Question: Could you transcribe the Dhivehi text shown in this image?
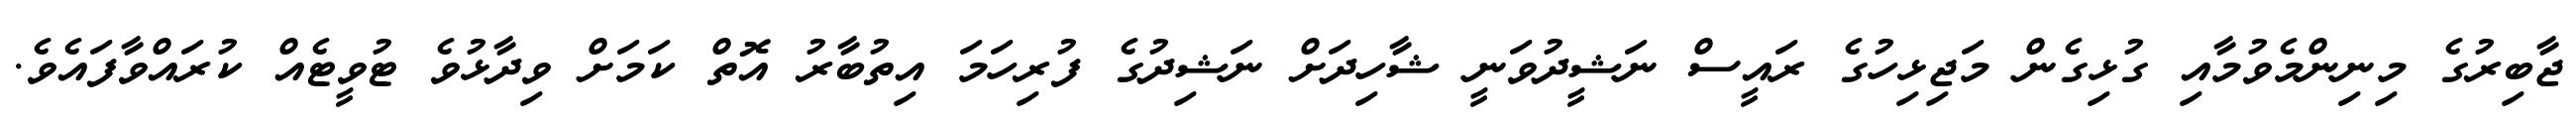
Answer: ޖާބިރުގެ މިނިންމެވުމާއި ގުޅިގެން މަޖިޅިހުގެ ރައީސް ނަޝީދުވަނީ ޝާހިދަށް ނަޝިދުގެ ފުރިހަމަ އިތުބާރު އޮތް ކަމަށް ވިދާޅުވެ ޓުވީޓެއް ކުރައްވާފައެވެ.